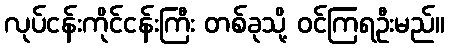
လုပ်ငန်းကိုင်ငန်းကြီး တစ်ခုသို့ ဝင်ကြရဦးမည်။